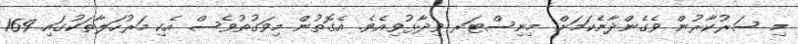
މި ސަރުކާރުން ވެގެންދާނެކަމަށް މިނިސްޓަރ ވިދާޅުވިއެވެ. އެގޮތުން މިވަގުތުވެސް އެކި މަރުހަލާތަކުގައި 169